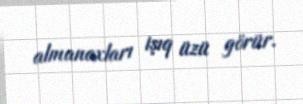
almanaxları işıq üzü görür.